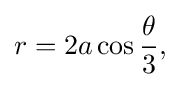
r=2a\cos {\theta  \over 3},\!